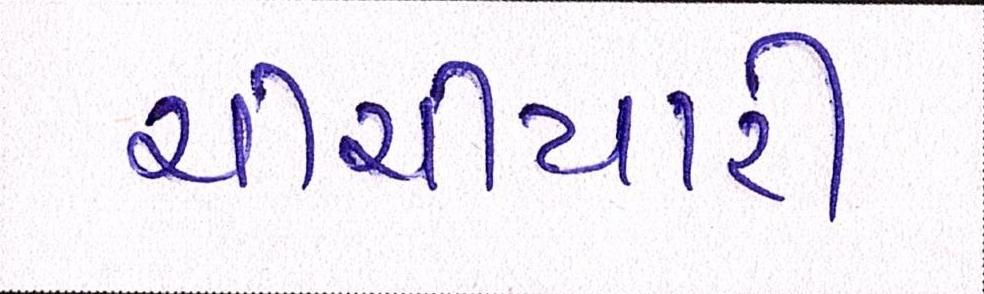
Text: ચીચીયારી